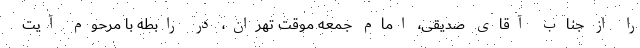
را از جناب آقای صدیقی، امام جمعه موقت تهران، در رابطه با مرحوم آیت